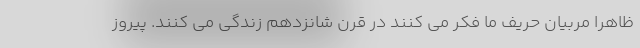
ظاهرا مربیان حریف ما فکر می کنند در قرن شانزدهم زندگی می کنند. پیروز